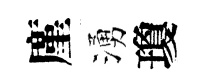
廑湧瓊